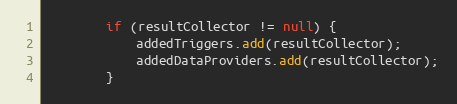
Language: Java
        if (resultCollector != null) {
            addedTriggers.add(resultCollector);
            addedDataProviders.add(resultCollector);
        }